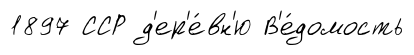
1897 ССР д'ер'е́вн'ю В'е́домость